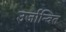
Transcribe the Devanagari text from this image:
उर्जान्वित